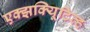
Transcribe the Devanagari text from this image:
एक्झक्यिूटिव्ह